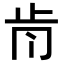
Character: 𣥑